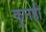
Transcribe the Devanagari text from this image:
कुनही